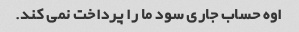
اوه حساب جاری سود ما را پرداخت نمی کند.